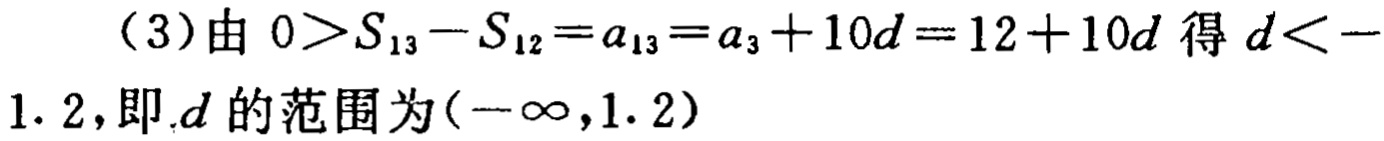
（3）由 \(0>S_{13}-S_{12}=a_{13}=a_{3}+10d = 12 + 10d\) 得 \(d < - 1.2\)，即\(d\)的范围为\((-\infty,1.2)\)